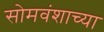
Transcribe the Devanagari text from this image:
सोमवंशाच्या